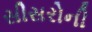
સીસરોની